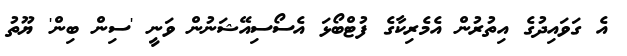
އެ ގަވައިދުގެ އިތުރުން އެމެރިކާގެ ފުޓްބޯޅަ އެސޯސިއޭޝަނުން ވަނީ 'ސިން ބިން' ޔޫތު